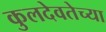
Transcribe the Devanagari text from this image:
कुलदेवतेच्या